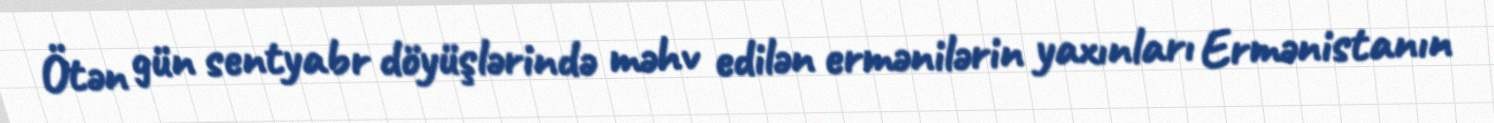
Ötən gün sentyabr döyüşlərində məhv edilən ermənilərin yaxınları Ermənistanın